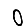
Digit: 0